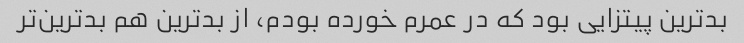
بدترین پیتزایی بود که در عمرم خورده بودم، از بدترین هم بدترین‌تر